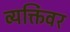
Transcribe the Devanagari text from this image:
व्यक्तिंवर